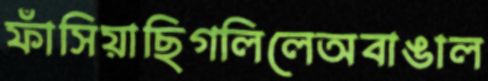
ফাঁসিয়াছিগলিলেঅবাঙাল